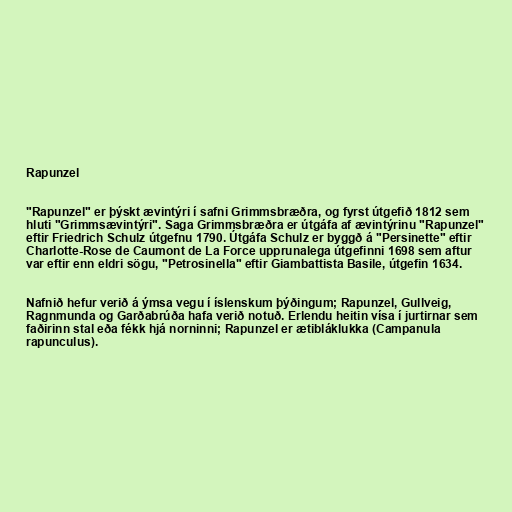
Rapunzel

"Rapunzel" er þýskt ævintýri í safni Grimmsbræðra, og fyrst útgefið 1812 sem
hluti "Grimmsævintýri". Saga Grimmsbræðra er útgáfa af ævintýrinu "Rapunzel"
eftir Friedrich Schulz útgefnu 1790. Útgáfa Schulz er byggð á "Persinette" eftir
Charlotte-Rose de Caumont de La Force upprunalega útgefinni 1698 sem aftur
var eftir enn eldri sögu, "Petrosinella" eftir Giambattista Basile, útgefin 1634.

Nafnið hefur verið á ýmsa vegu í íslenskum þýðingum; Rapunzel, Gullveig,
Ragnmunda og Garðabrúða hafa verið notuð. Erlendu heitin vísa í jurtirnar sem
faðirinn stal eða fékk hjá norninni; Rapunzel er ætibláklukka (Campanula
rapunculus).